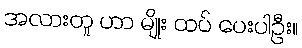
အလားတူ ဟာ မျိုး ထပ် ပေးပါဦး။